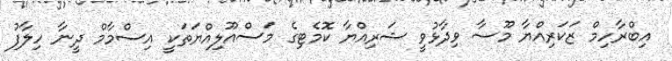
އިބްރާހިމް ޒަކަރިއްޔާ މޫސާ ވިދާޅުވީ ޝަރިއްޔާ ކޮމެޓިގެ މަސްއޫލިއްޔަތަކީ އިސްމާމް ދީނާ ހިލާފު